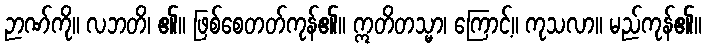
ဉာဏ်ကို။ လဘတိ၊ ၏။ ဖြစ်စေတတ်ကုန်၏။ ဣတိတသ္မာ၊ ကြောင့်။ ကုသလာ။ မည်ကုန်၏။